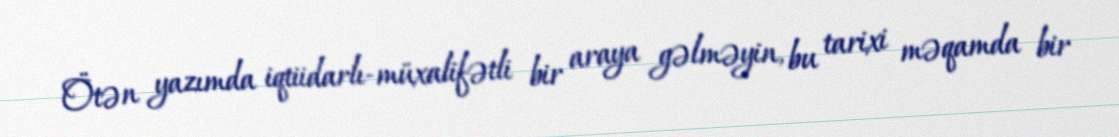
Ötən yazımda iqtiidarlı-müxalifətli bir araya gəlməyin, bu tarixi məqamda bir